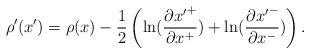
LaTeX: \begin{align*}\rho'(x')=\rho(x) - \frac{1}{2}\left(\ln (\frac{\partial {x'}^+}{\partial x^+})+ \ln (\frac{\partial {x'}^-}{\partial x^-}) \right).\end{align*}